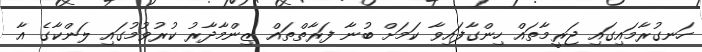
ހަނގުރާމައިގައި ޖަރީމާތައް ހިންގާފައިވާ ކަމަށް ބުނާ ފަރާތްތައް ޒިންމާދާރު ކުރުވުމުގައި ލަންކާގެ އާ